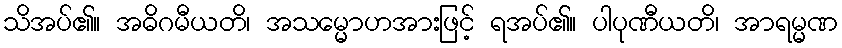
သိအပ်၏။ အဓိဂမီယတိ၊ အသမ္မောဟအားဖြင့် ရအပ်၏။ ပါပုဏီယတိ၊ အာရမ္မဏ